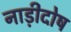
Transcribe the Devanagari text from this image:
नाड़ीदोष